Memorandum on the prevention of leprosy by segregation of the affected
Disease focus: Leprosy
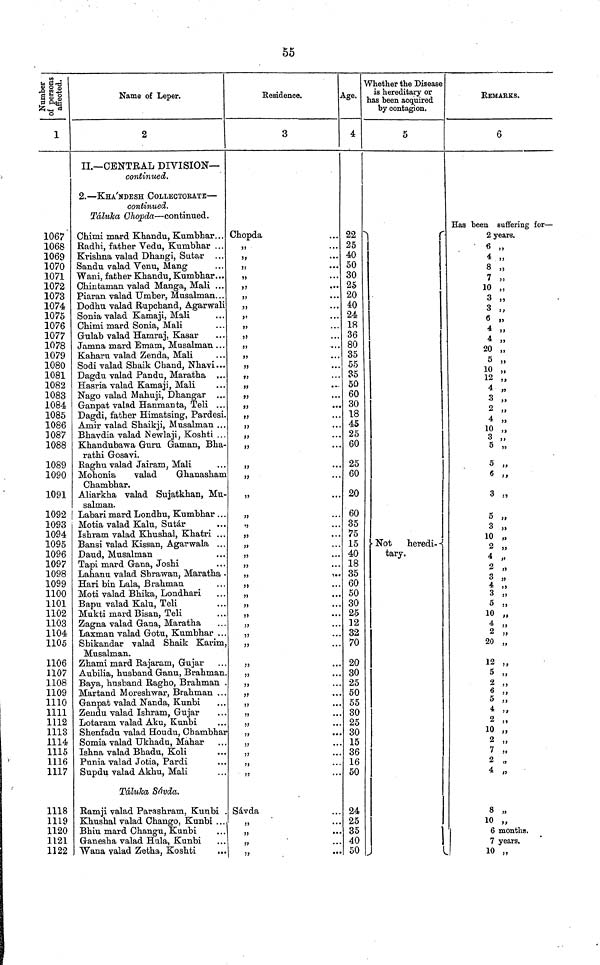
55
affected.
1
1067
1068
1069
1070
1071
1072
1073
1074
1075
1076
1077
1078
1079
1080
1081
1082
1083
1084
1085
1086
1087
1088
1089
1090
1091
1092
1093
1094
1095
1096
1097
1098
1099
1100
1101
1102
1103
1104
1105
1106
1107
1108
1109
1110
1111
1112
1113
1114
1115
1116
1117
1118
1119
1120
1121
1122
2
II.— CENTRAL DIVISION—
continued.
2.— KHA'NDESH COLLECTORATE —
continued.
Táluka Ghopda — continued.
Chimi mard Khandu, Kumbhar. . .
Radhi, father Vedu, Kumbhar . . .
Krishna valad Dhangi, Sutar . . .
Sandu valad Venu, Mang
Wani, father Khandu, Kumbhar...
Chintaman valad Manga, Mali ...
Piaran valad Umber, Musalman...
Dodhu valad Rupchand, Agarwali
Sonia valad Kamaji, Mali
Chimi mard Sonia, Mali
Gulab valad Harnraj, Kasar
Jamna mard Emam, Musalman . . .
Kaharu valad Zenda, Mali
Sodi valad Shaik Chand, Nhavi...
Dagdu valad Pandu, Maratha ...
Hasria valad Kamaji, Mali
Nago valad Mahuji, Dhangar ...
Ganpat valad Hanmanta, Teli ...
Dagdi, father Himatsing, Pardesi.
Amir valad Shaikji, Musalman ...
Bhavdia valad Newlaji, Koshti ...
Khandubawa Guru Gaman, Bha-
rathi Gosavi.
Raghu valad Jairam, Mali
Mohonia
valad
Ghanasham
Chambhar.
Aliarkha valad Sujatkhan, Mu-
salman.
Labari mard Londhu, Kumbhar ...
Motia valad Kalu, Sutar
Ishram valad Khushal, Khatri ...
Bansi valad Kissan, Agarwala ...
Daud, Musalman
Tapi mard Gana, Joshi
Lahanu valad Sbrawan, Maratha •
Hari bin Lala, Brahman
Moti valad Bhika, Londhari
Bapu valad Kalu, Teli
Mukti mard Bisan, Teli
Zagna valad Gana, Maratha
Laxman valad Gotu, Kumbhar . . .
Shikandar valad Shaik Karim,
Musalman.
Zhami mard Rajaram, Gujar
Aubilia, husband Ganu, Brahman
Baya, husband Ragho, Brahman
Martand Moreshwar, Brahman ...
Ganpat valad Nanda, Kunbi
Zendu valad Ishram, Gujar
Lotaram valad Aku, Kunbi
Shenfadu valad Houdu, Chambhar
Somia valad Ukhadu, Mahar
Ishna valad Bhadu, Koli
Punia valad Jotia, Pardi
Supdu valad Akhu, Mali
Táluka, Sávda.
Ramji valad Parashram, Kunbi .
Khushal valad Chango, Kunbi . . .
Bhiu mard Changu, Kunbi
Ganesha valad Hula, Kunbi
Wana valad Zetha, Koshti
3
Chopda
"
"
"
"
"
"
"
"
"
"
"
"
"
"
"
"
"
"
"
"
"
"
"
"
"
"
"
"
"
"
"
"
"
"
"
"
"
"
''
"
"
"
"
"
"
"
"
"
"
"
Sávda
"
"
"
"
Age.
4
22
25
40
50
30
25
20
40
24
18
36
80
35
55
35
50
60
30
18
45
25
60
25
60
20
60
35
75
15
40
18
35
60
50
30
25
12
32
70
20
30
25
50
55
30
25
30
15
36
16
50
24
25
35
40
50
Whether the Disease
is hereditary or
has been acquired
by contagion.
5
Not
heredi- -
tary.
REMARKS.
6
Has been suffering for —
2 years.
6 „
4 „
8 ,,
7 „
10 „
3 „
3 ,,
6
4
4
20
5
10
12
4
3
2
4
10
3
5
5
6 ,
3
5
3
10
2
4
2
3
4
3
5
10
4
2
20
12 „
5 „
2 „
6 „
5 ,,
4
2 ,,
10 „
2 „
7 „
2 „
4 „
8 „
10 „
6 months.
7 years.
10 „